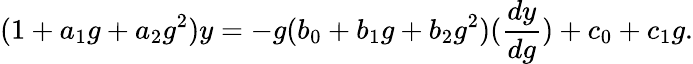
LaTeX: (1+a_{1}g+a_{2}g^{2})y=-g(b_{0}+b_{1}g+b_{2}g^{2})(\frac{dy}{dg})+c_{0}+c_{1}g.